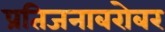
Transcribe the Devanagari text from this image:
प्रतिजनाबरोबर